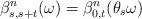
LaTeX: \begin{align*}\beta_{s,s+t}^n(\omega) = \beta^n_{0,t}(\theta_s \omega)\end{align*}